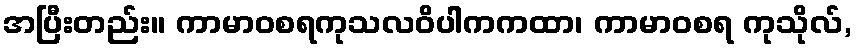
အပြီးတည်း။ ကာမာဝစရကုသလဝိပါကကထာ၊ ကာမာဝစရ ကုသိုလ်,